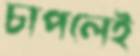
চাপলেই